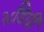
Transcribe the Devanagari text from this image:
२८डिग्री